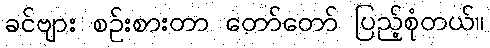
ခင်ဗျား စဉ်းစားတာ တော်တော် ပြည့်စုံတယ်။